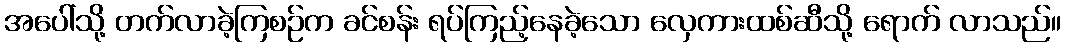
အပေါ်သို့ တက်လာခဲ့ကြစဉ်က ခင်စန်း ရပ်ကြည့်နေခဲ့သော လှေကားထစ်ဆီသို့ ရောက် လာသည်။